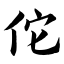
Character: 佗